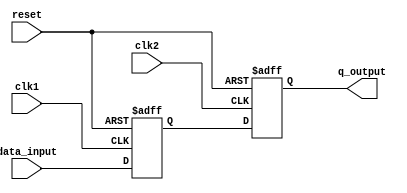
module DualClockFlipFlops_set_clock_latency (
    input wire clk1,
    input wire clk2,
    input wire reset,
    input wire data_input,
    output q_output
);

    reg q1, q2;
    always @(posedge clk1 or posedge reset) begin
        if (reset)
            q1 <= 1'b0;
        else
            q1 <= data_input;
    end

    always @(posedge clk2 or posedge reset) begin
        if (reset)
            q2 <= 1'b0;
        else
            q2 <= q1;
    end

    assign q_output = q2;
     
endmodule